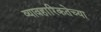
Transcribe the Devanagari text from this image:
व्यावहारिकतेच्या